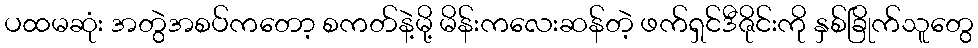
ပထမဆုံး အတွဲအစပ်ကတော့ စကတ်နဲ့မို့ မိန်းကလေးဆန်တဲ့ ဖက်ရှင်ဒီဇိုင်းကို နှစ်ခြိုက်သူတွေ